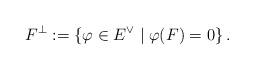
LaTeX: \begin{align*}F^{\perp}:=\left\lbrace \varphi \in E^{\vee} \mid \varphi(F)=0\right\rbrace.\end{align*}